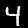
Label: 4